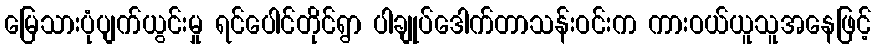
မြေသားပုံပျက်ယွင်းမှု ရင်ပေါင်တိုင်ရွာ ပါချုပ်ဒေါက်တာသန်းဝင်းက ကားဝယ်ယူသူအနေဖြင့်